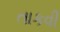
તાકવી